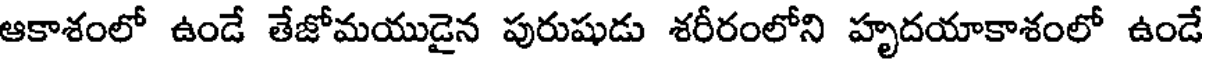
ఆకాశంలో ఉండే తేజోమయుడైన పురుషుడు శరీరంలోని హృదయాకాశంలో ఉండే